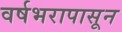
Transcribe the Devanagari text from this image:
वर्षभरापासून